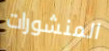
المنشورات